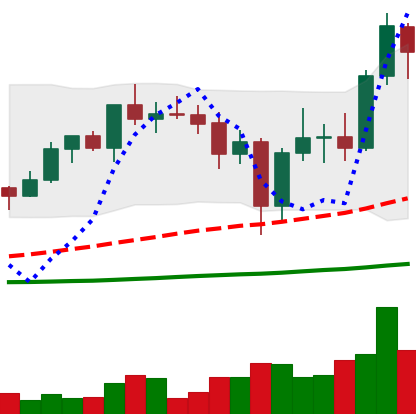
Ticker: ADA-USD
Chart end date: 2020-12-30
Forward return: 22.127%
Label: up_7plus